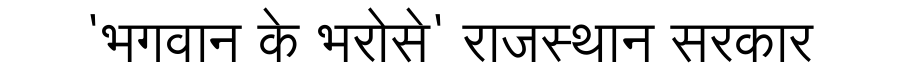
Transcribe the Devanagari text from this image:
'भगवान के भरोसे' राजस्थान सरकार